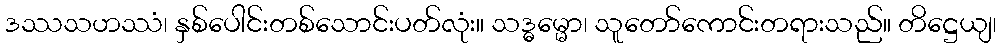
ဒဿသဟဿံ၊ နှစ်ပေါင်းတစ်သောင်းပတ်လုံး။ သဒ္ဓမ္မော၊ သူတော်ကောင်းတရားသည်။ တိဋ္ဌေယျ၊